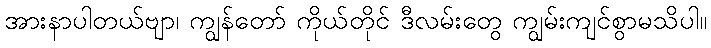
အားနာပါတယ်ဗျာ၊ ကျွန်တော် ကိုယ်တိုင် ဒီလမ်းတွေ ကျွမ်းကျင်စွာမသိပါ။